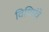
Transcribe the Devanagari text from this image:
विधिमंत्रे